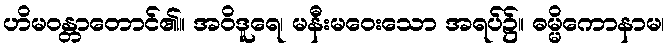
ဟိမဝန္တာတောင်၏။ အဝိဒူရေ၊ မနီးမဝေးသော အရပ်၌။ ဓမ္မိကောနာမ၊